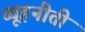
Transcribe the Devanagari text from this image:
व्यूहनीती